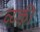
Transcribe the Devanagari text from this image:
व्य्क्ती